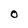
Character: O